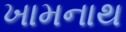
ખામનાથ